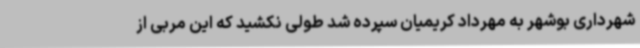
شهرداری بوشهر به مهرداد کریمیان سپرده شد طولی نکشید که این مربی از